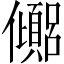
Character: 𫤉